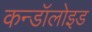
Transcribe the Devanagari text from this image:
कन्डॉलोइड